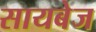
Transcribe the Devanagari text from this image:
सायबेज